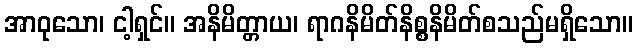
အာဝုသော၊ ငါ့ရှင်။ အနိမိတ္တာယ၊ ရာဂနိမိတ်နိစ္စနိမိတ်စသည်မရှိသော။